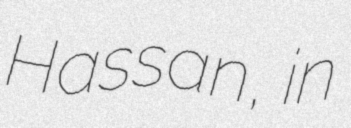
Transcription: Hassan, in